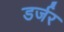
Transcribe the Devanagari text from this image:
डर्जर